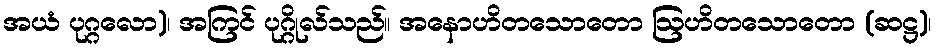
အယံ ပုဂ္ဂလော)၊ အကြင် ပုဂ္ဂိုလ်သည်။ အနောဟိတသောတော ဩဟိတသောတော (ဆဋ္ဌ)၊